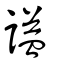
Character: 諡